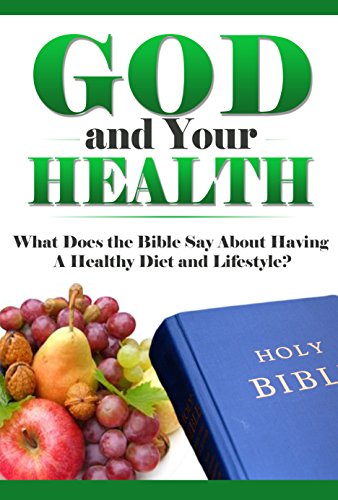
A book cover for God and Your Health: What Does the Bible Say About Having a Healthy Diet and Lifestyle? (What Does the Bible Say, Bible Study, Bible Application, Bible Commentary Book 7); Elijah Davidson; Christian Books & Bibles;